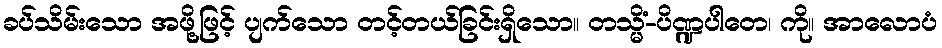
ခပ်သိမ်းသော အဖို့ဖြင့် ပျက်သော တင့်တယ်ခြင်းရှိသော။ တသ္မိံ-ပိဏ္ဍပါတေ၊ ကို။ အာလောပံ